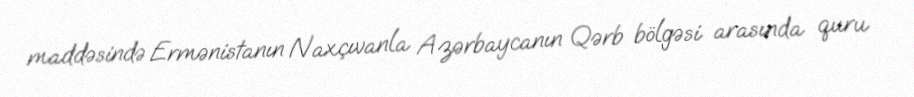
maddəsində Ermənistanın Naxçıvanla Azərbaycanın Qərb bölgəsi arasında quru